Reports on military cantonments and civil stations in the Presidency of Bombay inspected by the Sanitary Commissioner in the years 1875 and 1876
Year: 1875
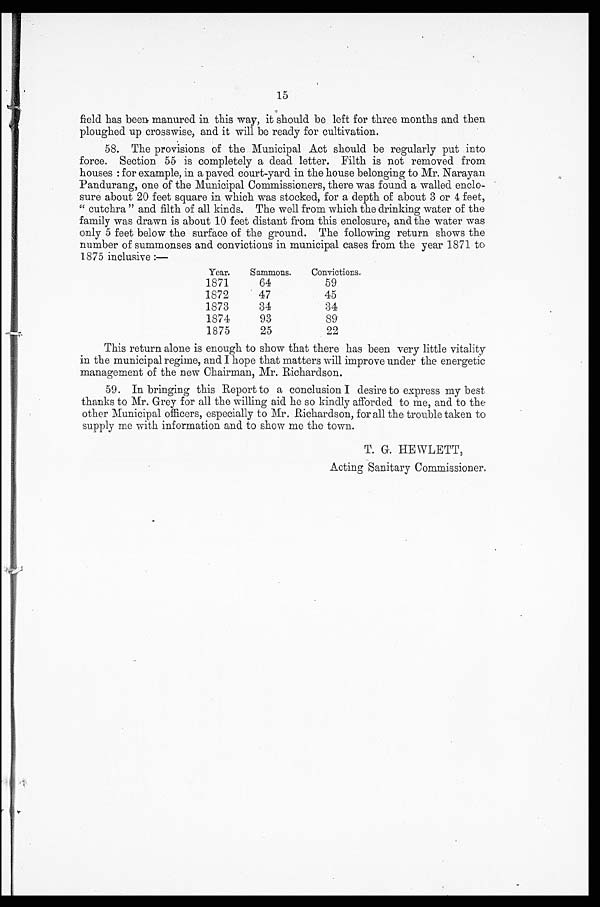
15
field has been manured in this way, it should be left for three months and then
ploughed up crosswise, and it will be ready for cultivation.
58. The provisions of the Municipal Act should be regularly put into
force. Section 55 is completely a dead letter. Filth is not removed from
houses : for example, in a paved court-yard in the house belonging to Mr. Narayan
Pandurang, one of the Municipal Commissioners, there was found a walled enclo
- s u r e a b o u t 2 0 f e e t s q u a r e i n w h i c h w a s s t o c k e d , f o r a d e p t h o f a b o u t 3 o r4
f e e t ,
"cutchra" and filth of all kinds. The well from which the drinking water of the
family was drawn is about 10 feet distant from this enclosure, and the water was
only 5 feet below the surface of the ground. The following return shows the
number of summonses and convictions in municipal cases from the year 1871 to
1875 inclusive :—
Year.
Summons.
Convictions.
1871
64
59
1872
47
45
1873
34
34
1374
93
89
1875
25
22
This return alone is enough to show that there has been very little vitality
in the municipal regime, and I hope that matters will improve under the energetic
management of the new Chairman, Mr. Richardson.
59. In bringing this Report to a conclusion I desire to express my best
thanks to Mr. Grey for all the willing aid he so kindly afforded to me, and to the
other Municipal officers, especially to Mr. Richardson, for all the trouble taken to
supply me with information and to show me the town.
T. G. HEWLETT,
Acting Sanitary Commissioner.